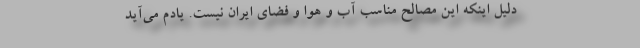
دلیل اینکه این مصالح مناسب آب و هوا و فضای ایران نیست. یادم می‌آید